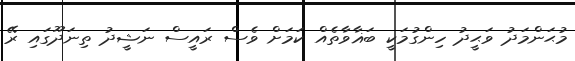
މުޙަންމަދު ވަޙީދު ހިންގުމަކީ ބަޣާވާތެއް ކަމަށް ވެސް ރައީސް ނަޝީދު ތިނަދޫގައި ރޭ